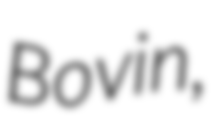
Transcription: Bovin,